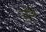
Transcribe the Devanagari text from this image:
उटे